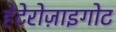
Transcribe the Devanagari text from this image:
हेटेरोज़ाइगोट